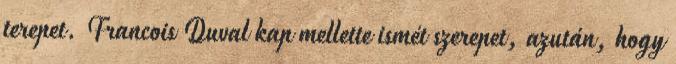
terepet. Francois Duval kap mellette ismét szerepet, azután, hogy